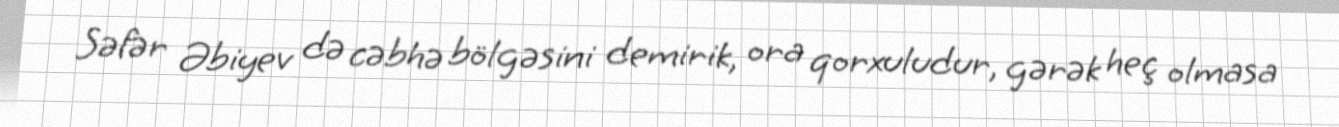
Səfər Əbiyev də cəbhə bölgəsini demirik, ora qorxuludur, gərək heç olmasa